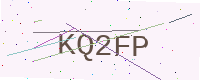
Text: KQ2FP